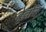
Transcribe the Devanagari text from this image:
बेल्लोस्